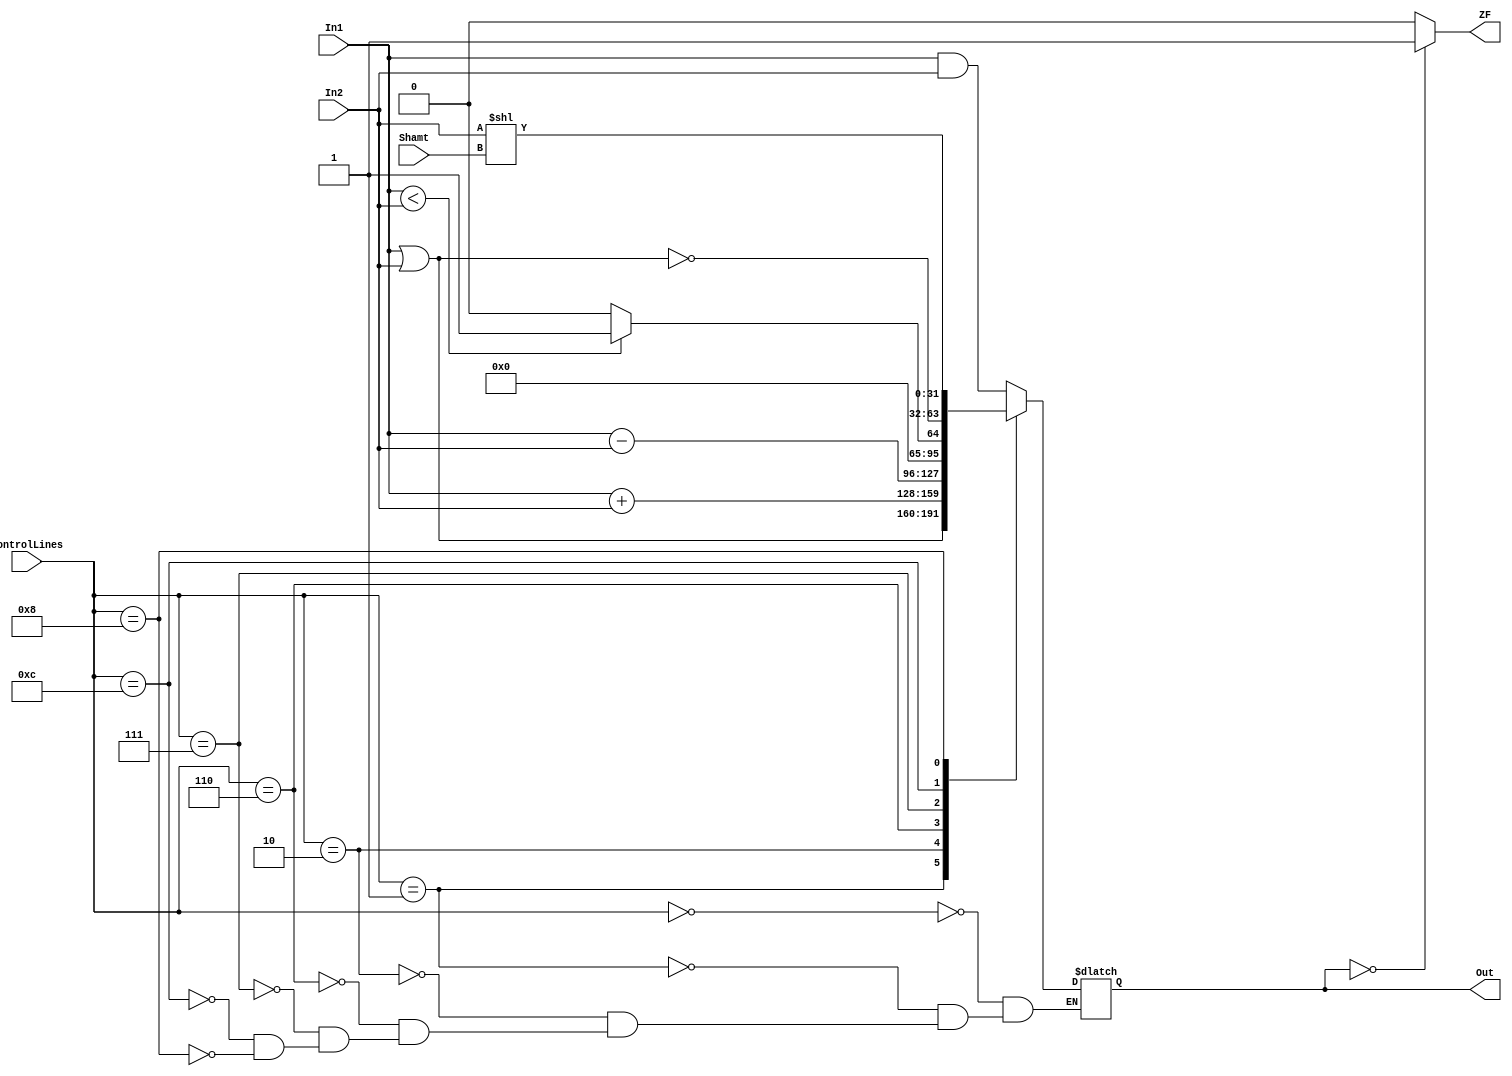
module Aluv2 (In1,In2,Shamt,ControlLines,Out,ZF);

	input [31:0] In1,In2; //32-bits two inputs
	input [4:0] Shamt; //Shift amount of shifting left In2 of Alu
	input [3:0] ControlLines; //4-bits control signals
	output reg [31:0] Out; //32-bits output
	output ZF;

assign ZF = (Out==0)?1:0; //zeroflag is 1 if AluOutput = 0

always@(In1,In2,ControlLines)
  begin
   case(ControlLines)
      0: Out <= In1 & In2;//and
      1: Out <= In1 | In2;//or
      2: Out <= In1 + In2;//add
      6: Out <= In1 - In2;//sub
      7: Out <= (In1 < In2)?1:0;//slt(set on less than)
     12: Out <= ~(In1 | In2);//nor
      8: Out <= In2 << Shamt;//sll(2nd operand of Alu)
   endcase
  end
endmodule